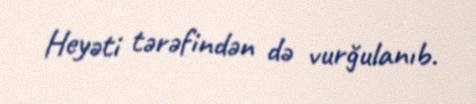
Heyəti tərəfindən də vurğulanıb.